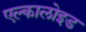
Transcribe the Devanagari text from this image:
एल्कालोइड